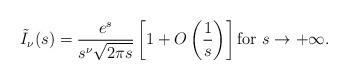
LaTeX: \begin{align*}{\tilde I_\nu(s)=\frac{e^s}{s^\nu\sqrt{2\pi s}}\left[ 1+O\left( \frac{1}{s}\right) \right] \mbox{for $s\to +\infty$.}}\end{align*}